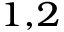
^ { 1 , 2 }